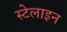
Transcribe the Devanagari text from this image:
स्टेलाइन